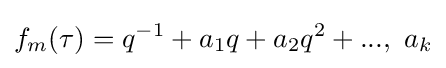
f_{m}(\tau )=q^{-1}+a_{1}q+a_{2}q^{2}+...,{\text{ }}a_{k}